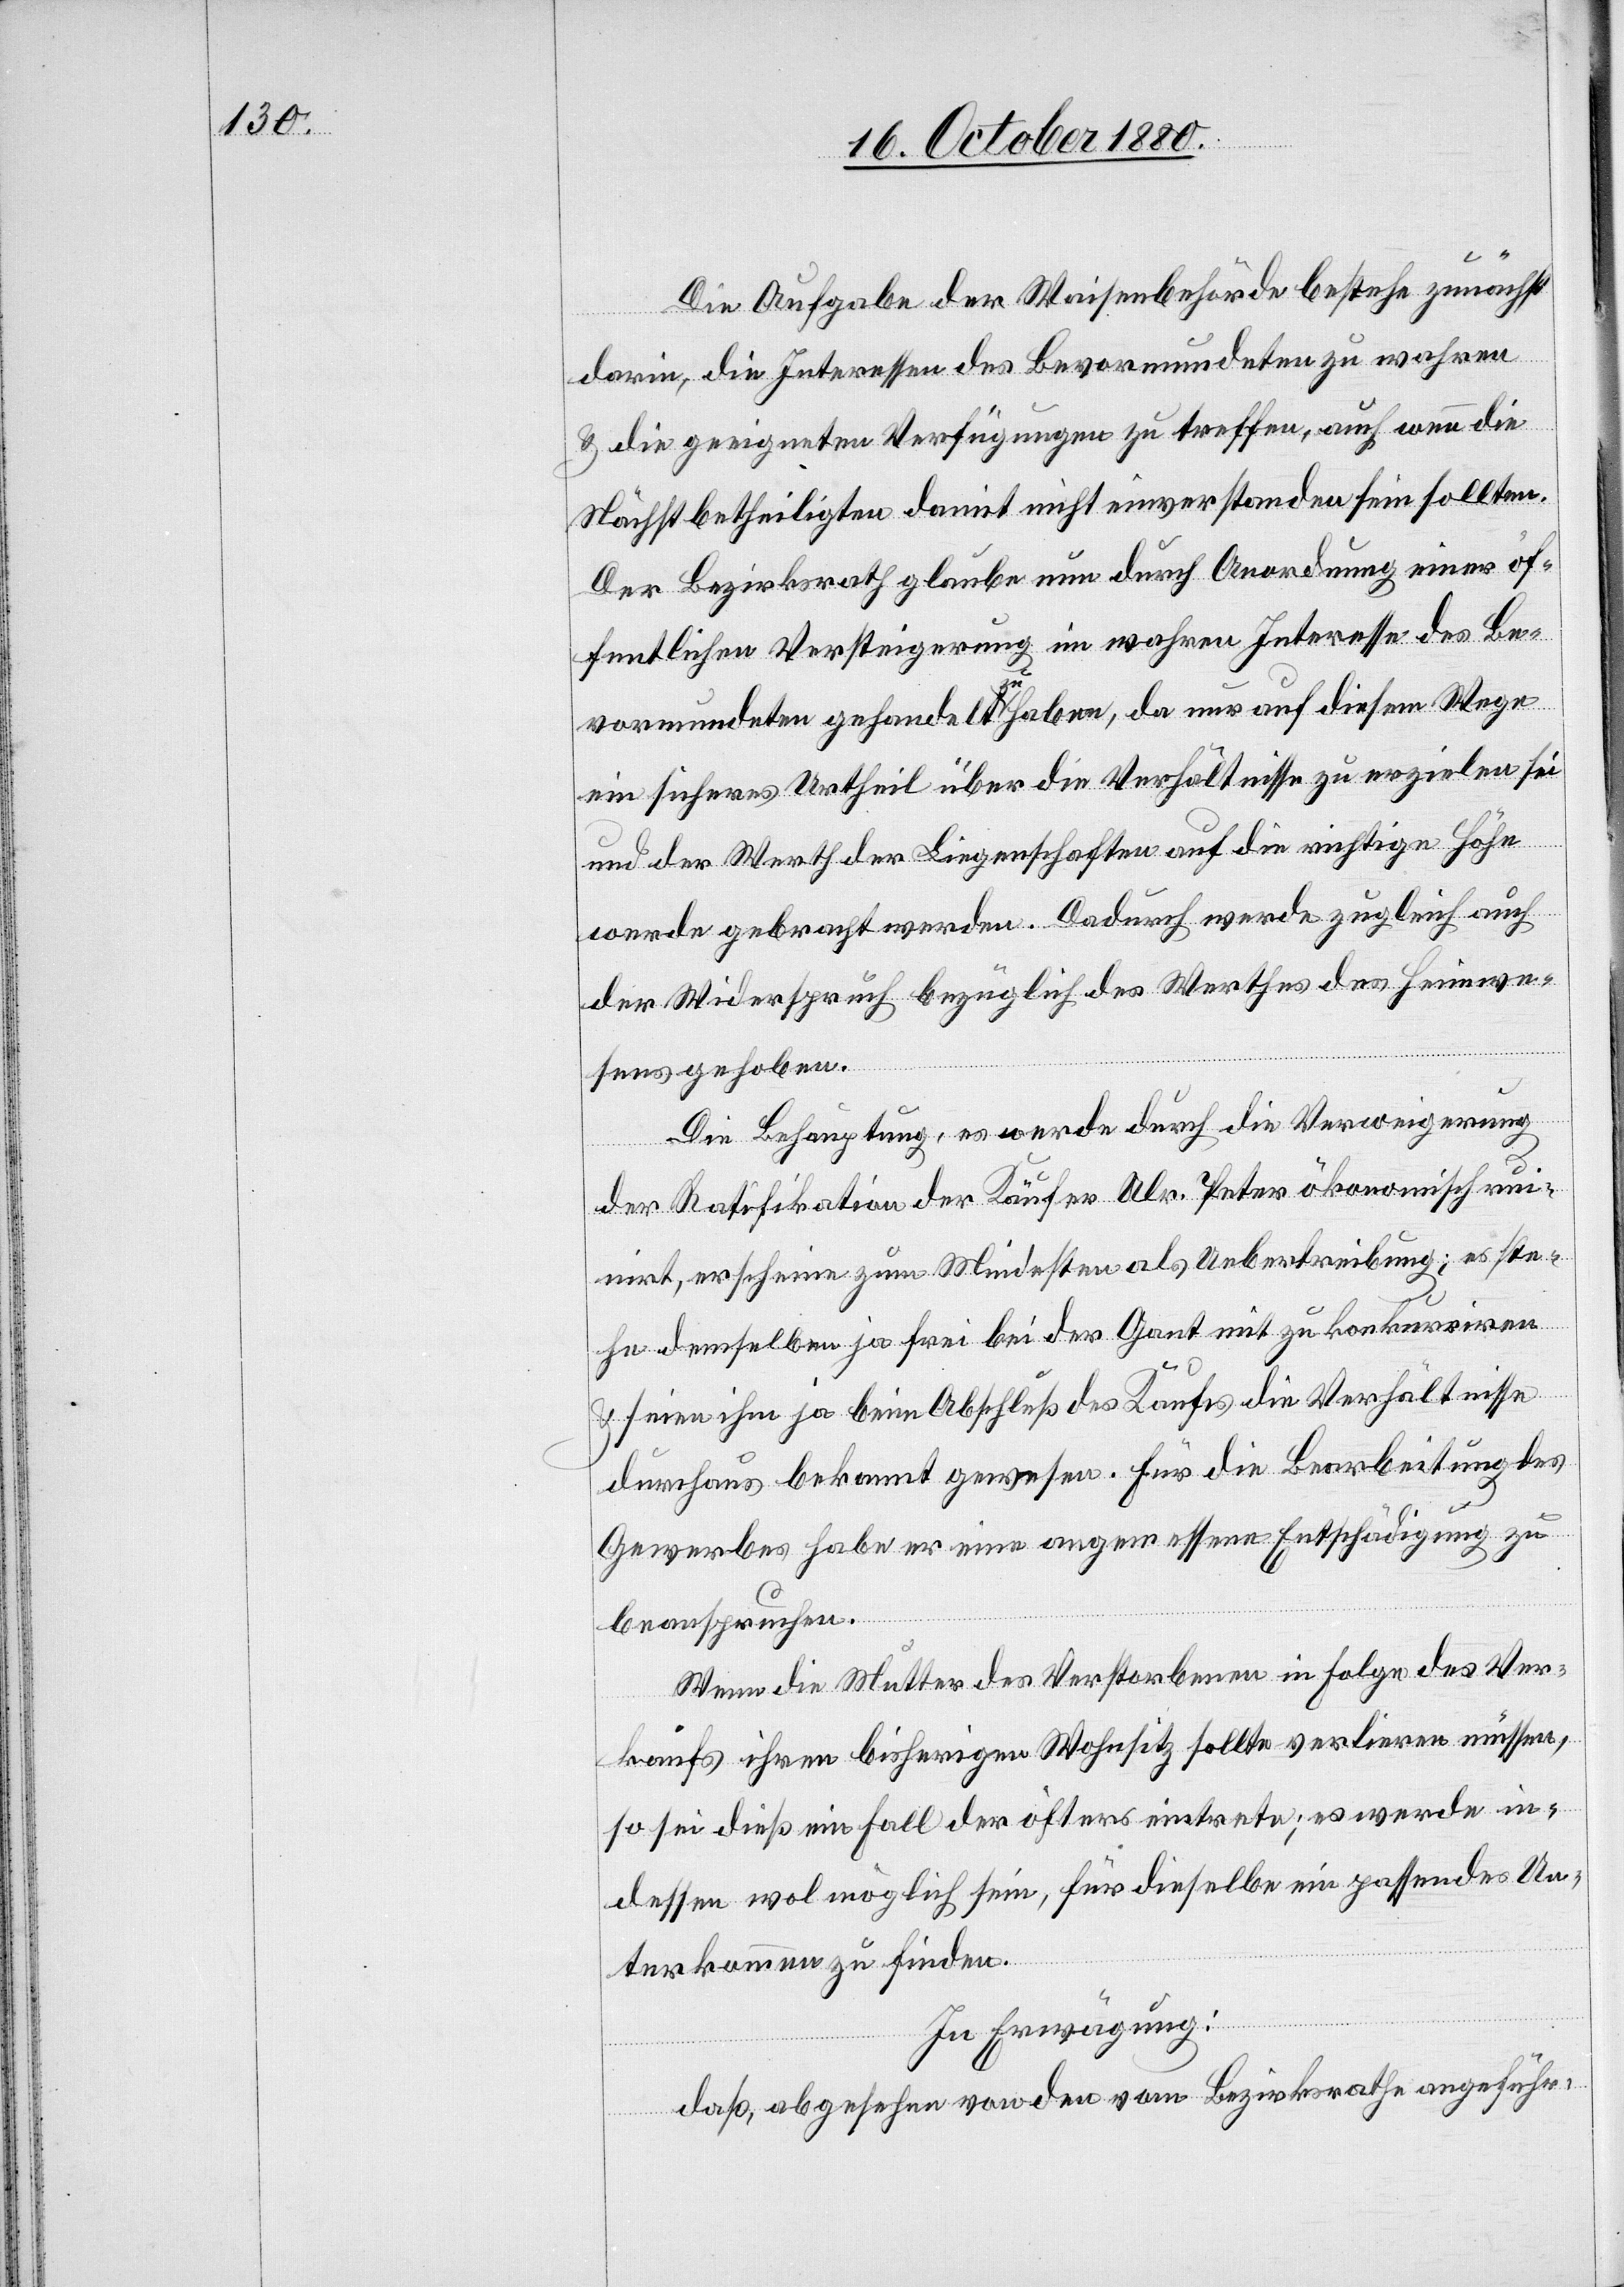
Die Aufgabe der Waisenbehörde bestehe zunächst
darin, die Interessen des Bevormundeten zu wahren
& die geeigneten Verfügungen zu treffen, auch wenn die
Nächstbetheiligten damit nicht einverstanden sein sollten.
Der Bezirksrath glaube nun durch Anordnung einer öf¬
fentlichen Versteigerung im wahren Interesse des Be¬
vormundeten gehandelt zu haben, da nur auf diesem Wege
ein sicheres Urtheil über die Verhältnisse zu erzielen sei
und der Werth der Liegenschaften auf die richtige Höhe
werde gebracht werden. Dadurch werde zugleich auch
der Widerspruch bezüglich des Werthes des Heimwe¬
sens gehoben.
Die Behauptung, es werde durch die Verweigerung
der Ratifikation der Käufer Ulr. Peter ökonomisch ruin¬
irt, erscheine zum Mindesten als Uebertreibung; es ste¬
durchaus bekannt gewesen. Für die Bearbeitung des
Gewerbes habe er eine angemessene Entschädigung zu
beanspruchen.
Wenn die Mutter des Verstorbenen in Folge des Ver¬
kaufs ihren bisherigen Wohnsitz sollte verlieren müssen,
so sei dieß ein Fall der öfters eintrete; es werde in¬
dessen wol möglich sein, für dieselbe ein passendes Un¬
terkommen zu finden.
he
In Erwägung:
daß, abgesehen von den vom Bezirksrathe angeführ-